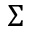
\Sigma